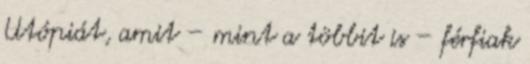
Utópiát, amit – mint a többit is – férfiak